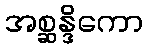
အစ္ဆန္ဒိကော